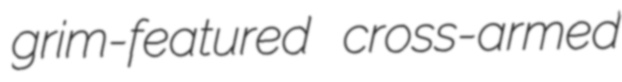
grim-featured cross-armed